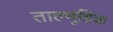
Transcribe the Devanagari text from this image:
ताल्मूडिक